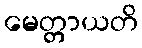
မေတ္တာယတိ